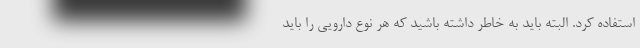
استفاده کرد. البته باید به خاطر داشته باشید که هر نوع دارویی را باید